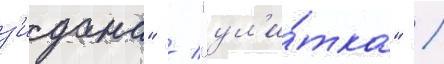
з'идана" / "ул'и́тка" /